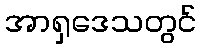
အာရှဒေသတွင်